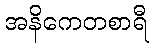
အနိကေတစာရီ